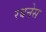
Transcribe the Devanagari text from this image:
रबनेस